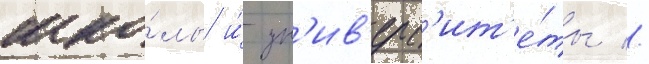
шко́лы и́ ун'ив'ерс'ит'е́ты //